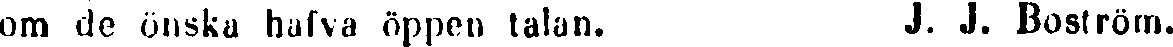
om do önska hafva öppen talan. J. J. Boström.